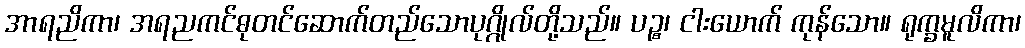
အာရညိကာ၊ အရညကင်ဓုတင်ဆောက်တည်သောပုဂ္ဂိုလ်တို့သည်။ ပဉ္စ၊ ငါးယောက် ကုန်သော။ ရုက္ခမူလိကာ၊